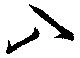
入